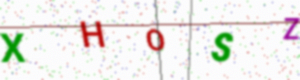
Text: XHOSZ